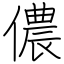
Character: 儂